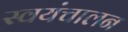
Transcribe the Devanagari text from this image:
स्वयंचालन